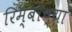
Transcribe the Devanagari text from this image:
रिम्बॉच्या